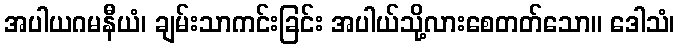
အပါယဂမနီယံ၊ ချမ်းသာကင်းခြင်း အပါယ်သို့လားစေတတ်သော။ ဒေါသံ၊